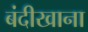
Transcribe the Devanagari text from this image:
बंदीखाना